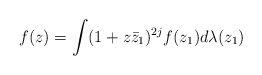
\begin{align*} f(z)= \int (1+z\bar{z}_{1})^{2j}f(z_{1})d\lambda(z_{1})\end{align*}